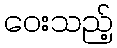
ဝေးသည့်